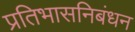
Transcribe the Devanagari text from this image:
प्रतिभासनिबंधन